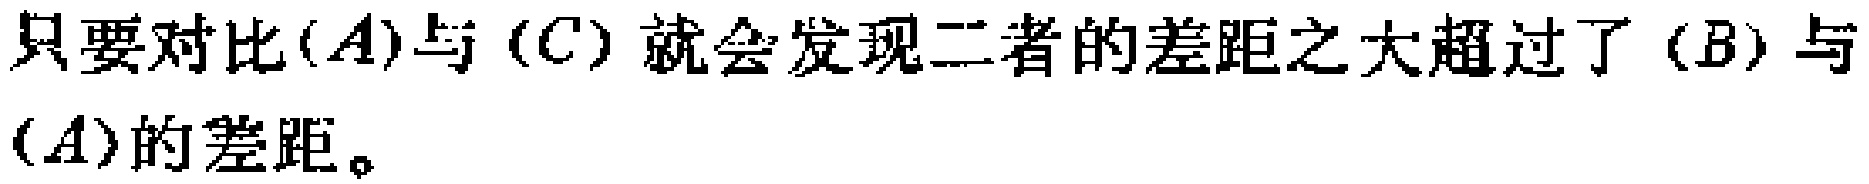
只要对比\((A)\)与\((C)\)就会发现二者的差距之大超过了\((B)\)与\((A)\)的差距。